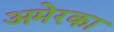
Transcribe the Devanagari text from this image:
अमेरका